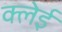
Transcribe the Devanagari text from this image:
क्लेई